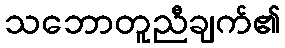
သဘောတူညီချက်၏